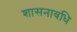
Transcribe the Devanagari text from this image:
शासनावधि